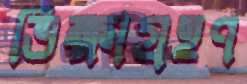
ভিক্ষাগ্রহণ